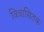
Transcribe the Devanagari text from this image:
वित्रासितक